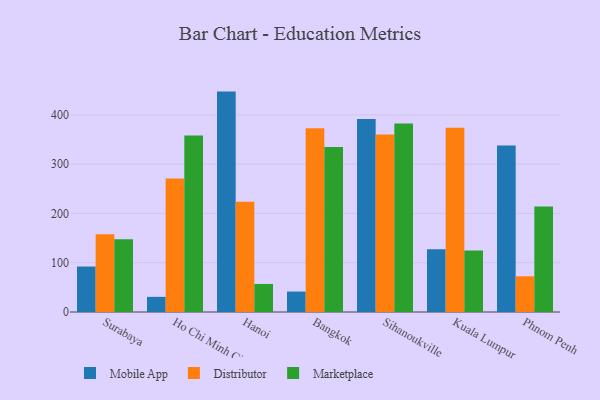
{"axis": {"x": "City", "y": "Humidity (%)"}, "legend": ["Distributor", "Marketplace", "Mobile App"], "data": [{"x": "Surabaya", "y": 92.3, "type": "Mobile App"}, {"x": "Surabaya", "y": 157.9, "type": "Distributor"}, {"x": "Surabaya", "y": 147.7, "type": "Marketplace"}, {"x": "Ho Chi Minh City", "y": 30.7, "type": "Mobile App"}, {"x": "Ho Chi Minh City", "y": 270.7, "type": "Distributor"}, {"x": "Ho Chi Minh City", "y": 358.1, "type": "Marketplace"}, {"x": "Hanoi", "y": 447.3, "type": "Mobile App"}, {"x": "Hanoi", "y": 223.8, "type": "Distributor"}, {"x": "Hanoi", "y": 56.9, "type": "Marketplace"}, {"x": "Bangkok", "y": 41.5, "type": "Mobile App"}, {"x": "Bangkok", "y": 372.8, "type": "Distributor"}, {"x": "Bangkok", "y": 335.0, "type": "Marketplace"}, {"x": "Sihanoukville", "y": 391.9, "type": "Mobile App"}, {"x": "Sihanoukville", "y": 360.3, "type": "Distributor"}, {"x": "Sihanoukville", "y": 382.5, "type": "Marketplace"}, {"x": "Kuala Lumpur", "y": 127.4, "type": "Mobile App"}, {"x": "Kuala Lumpur", "y": 374.0, "type": "Distributor"}, {"x": "Kuala Lumpur", "y": 124.7, "type": "Marketplace"}, {"x": "Phnom Penh", "y": 337.7, "type": "Mobile App"}, {"x": "Phnom Penh", "y": 72.5, "type": "Distributor"}, {"x": "Phnom Penh", "y": 214.2, "type": "Marketplace"}]}